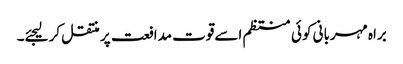
براہ مہربانی کوئی منتظم اسےقوت مدافعت پر منتقل کرلیجئے۔